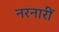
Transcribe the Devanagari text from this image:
नरनारीं